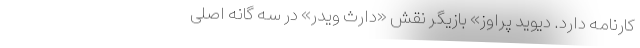
کارنامه دارد. دیوید پراوز» بازیگر نقش «دارث ویدر» در سه گانه اصلی